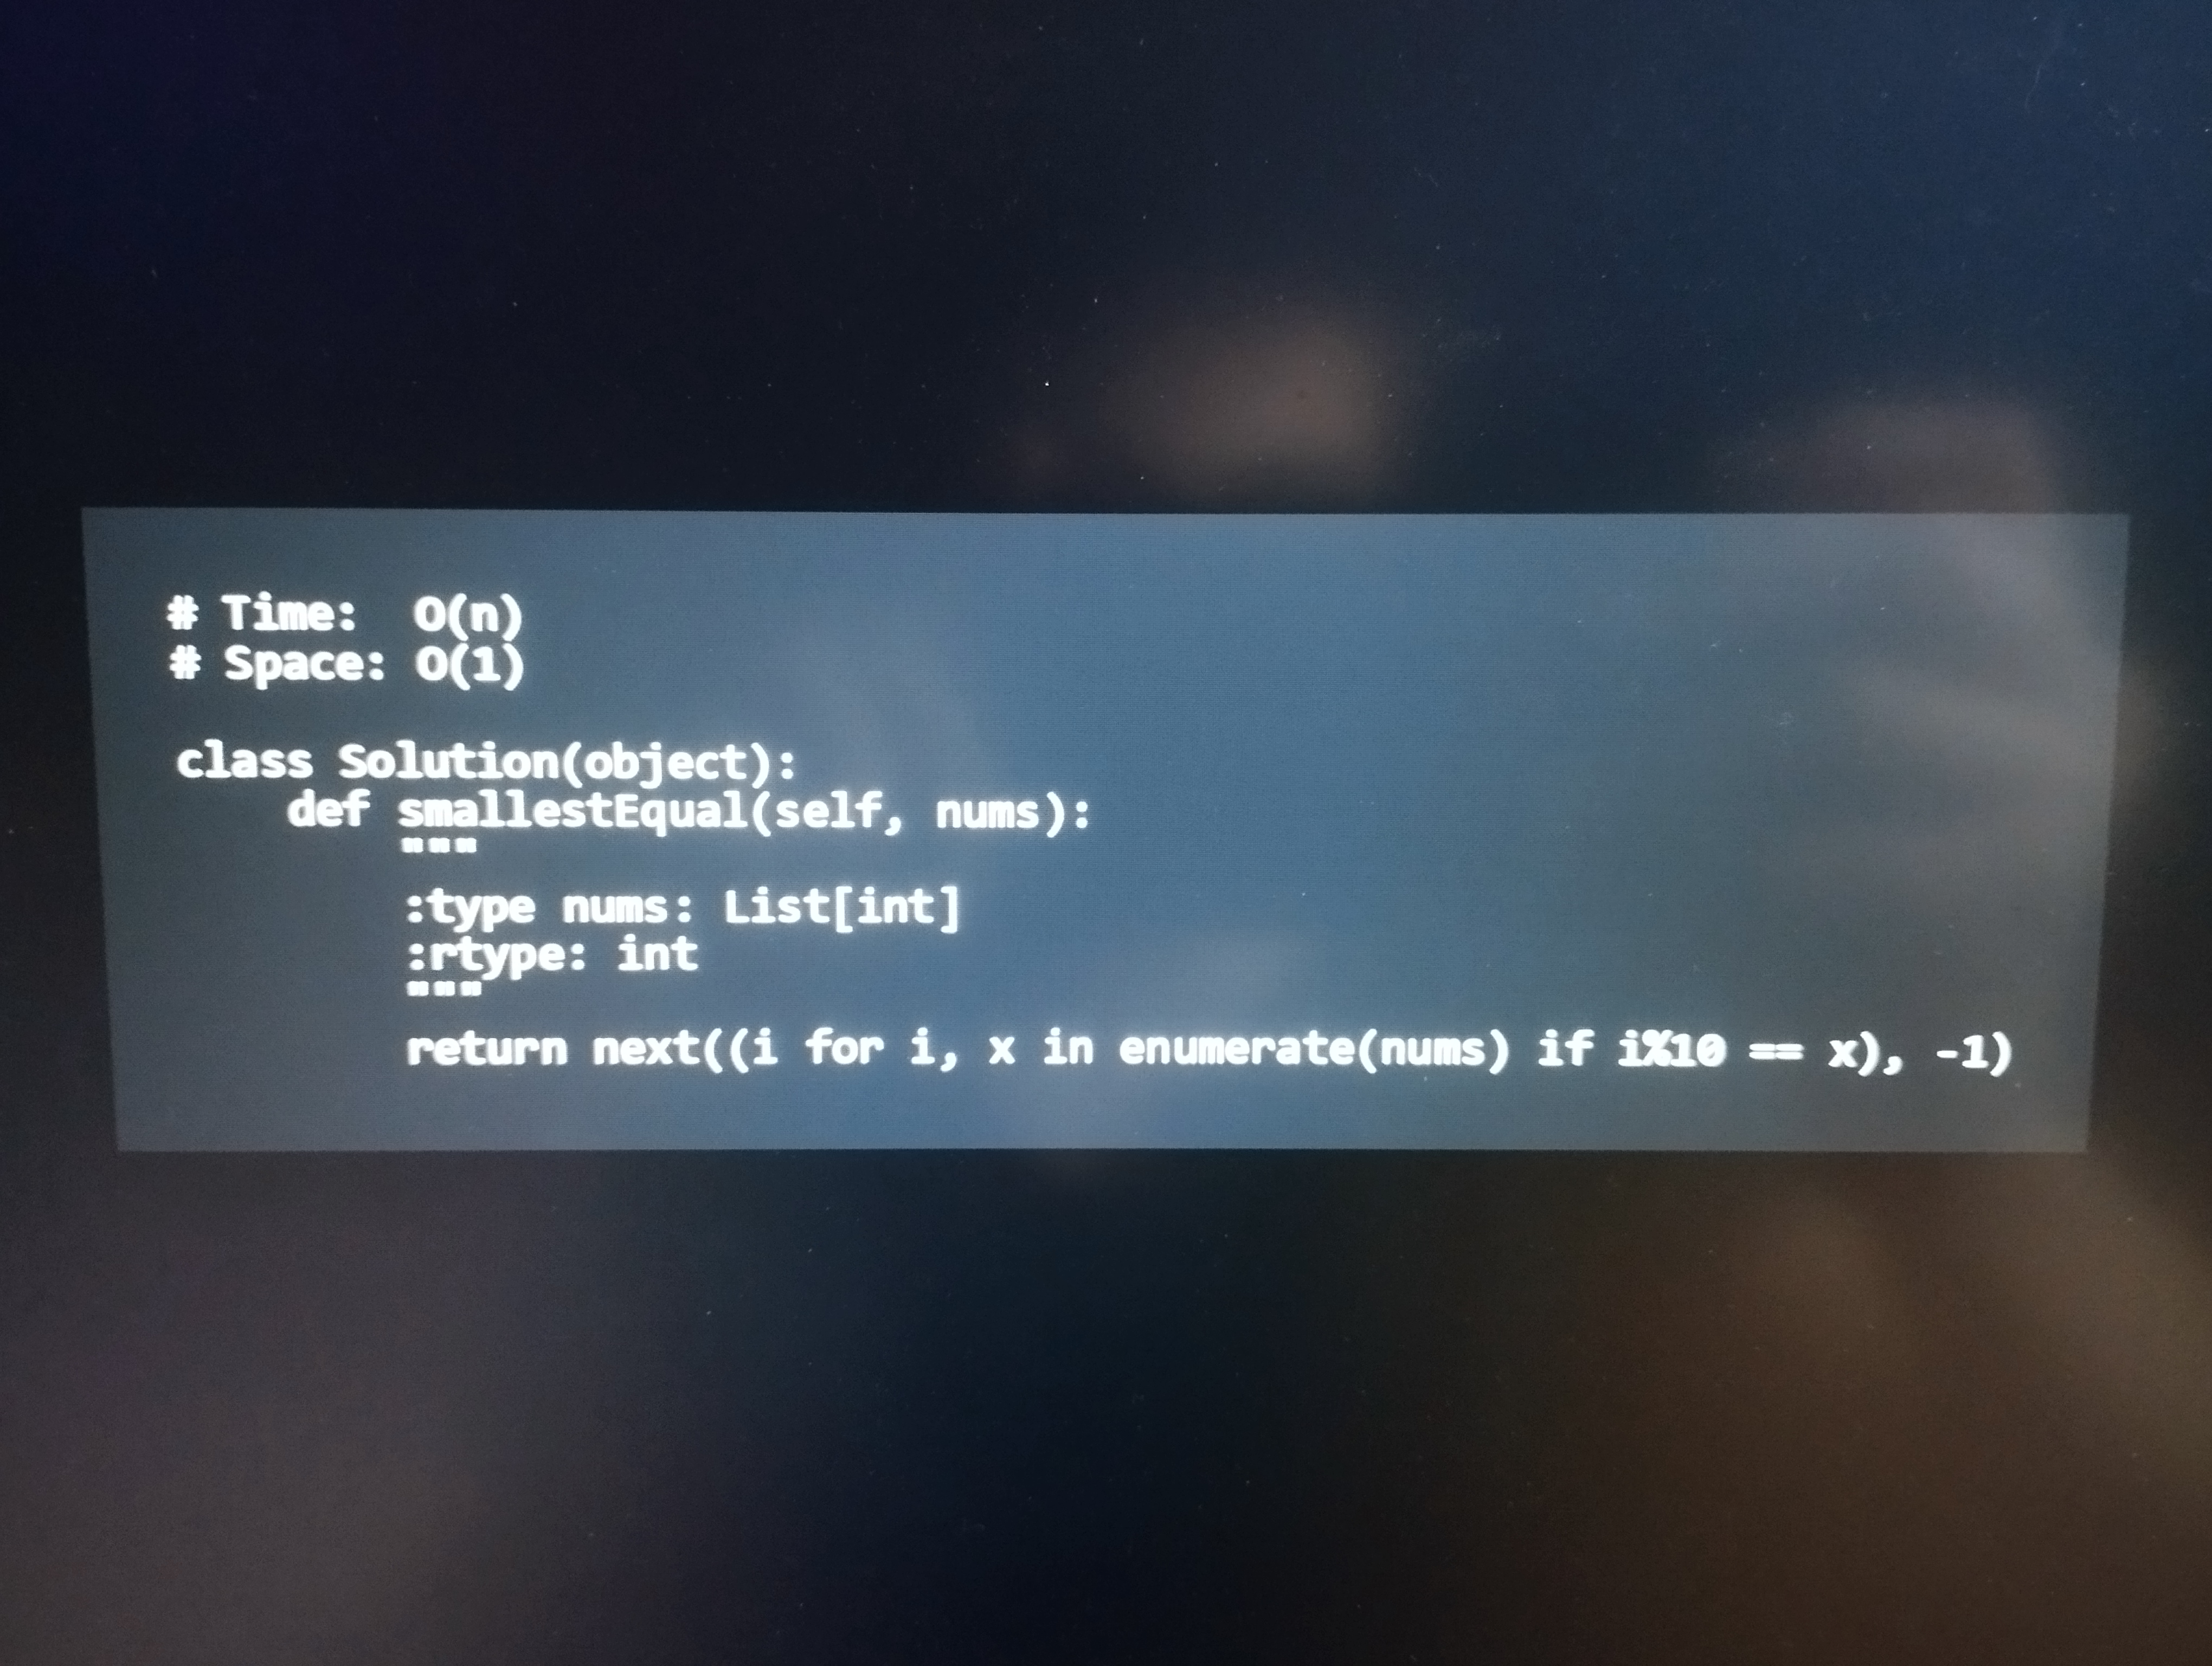
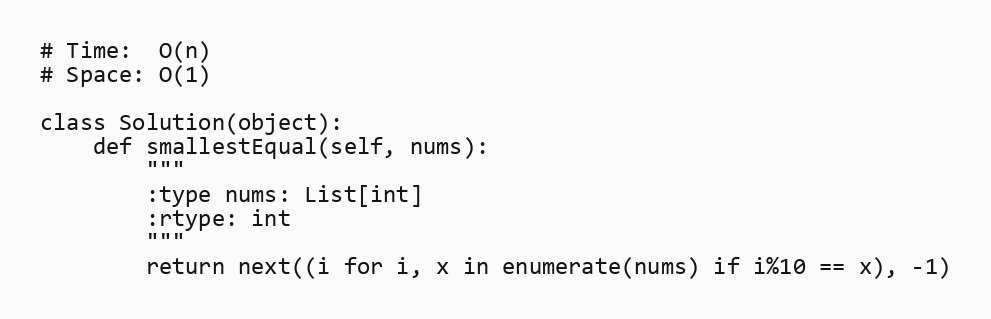
# Time:  O(n)
# Space: O(1)

class Solution(object):
    def smallestEqual(self, nums):
        """
        :type nums: List[int]
        :rtype: int
        """
        return next((i for i, x in enumerate(nums) if i%10 == x), -1)